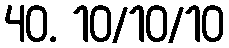
40. 10/10/10